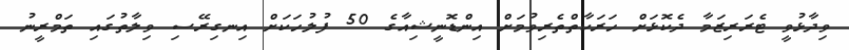
ވިދާޅުވީ ޓެރަރިޒަމާ ދެކޮޅަށް ހަރަކާތްތެރިވުމަށް އިންޑޮނީޝިއާގެ 50 ފުލުހަކަށް އިނގިރޭސި ވިލާތުގައި ތަމްރީނު